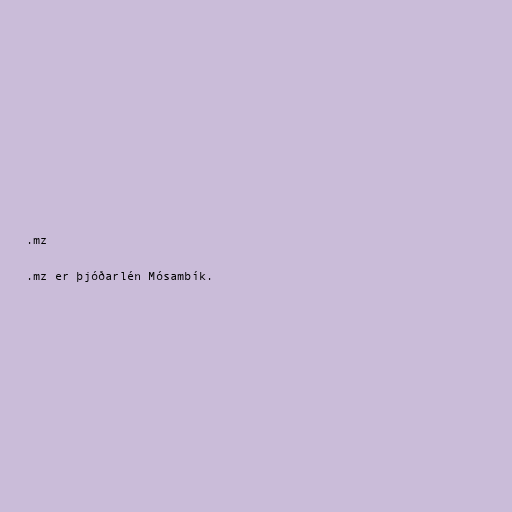
.mz

.mz er þjóðarlén Mósambík.